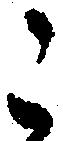
こ